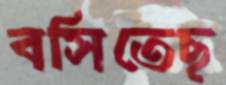
বসিতেছ